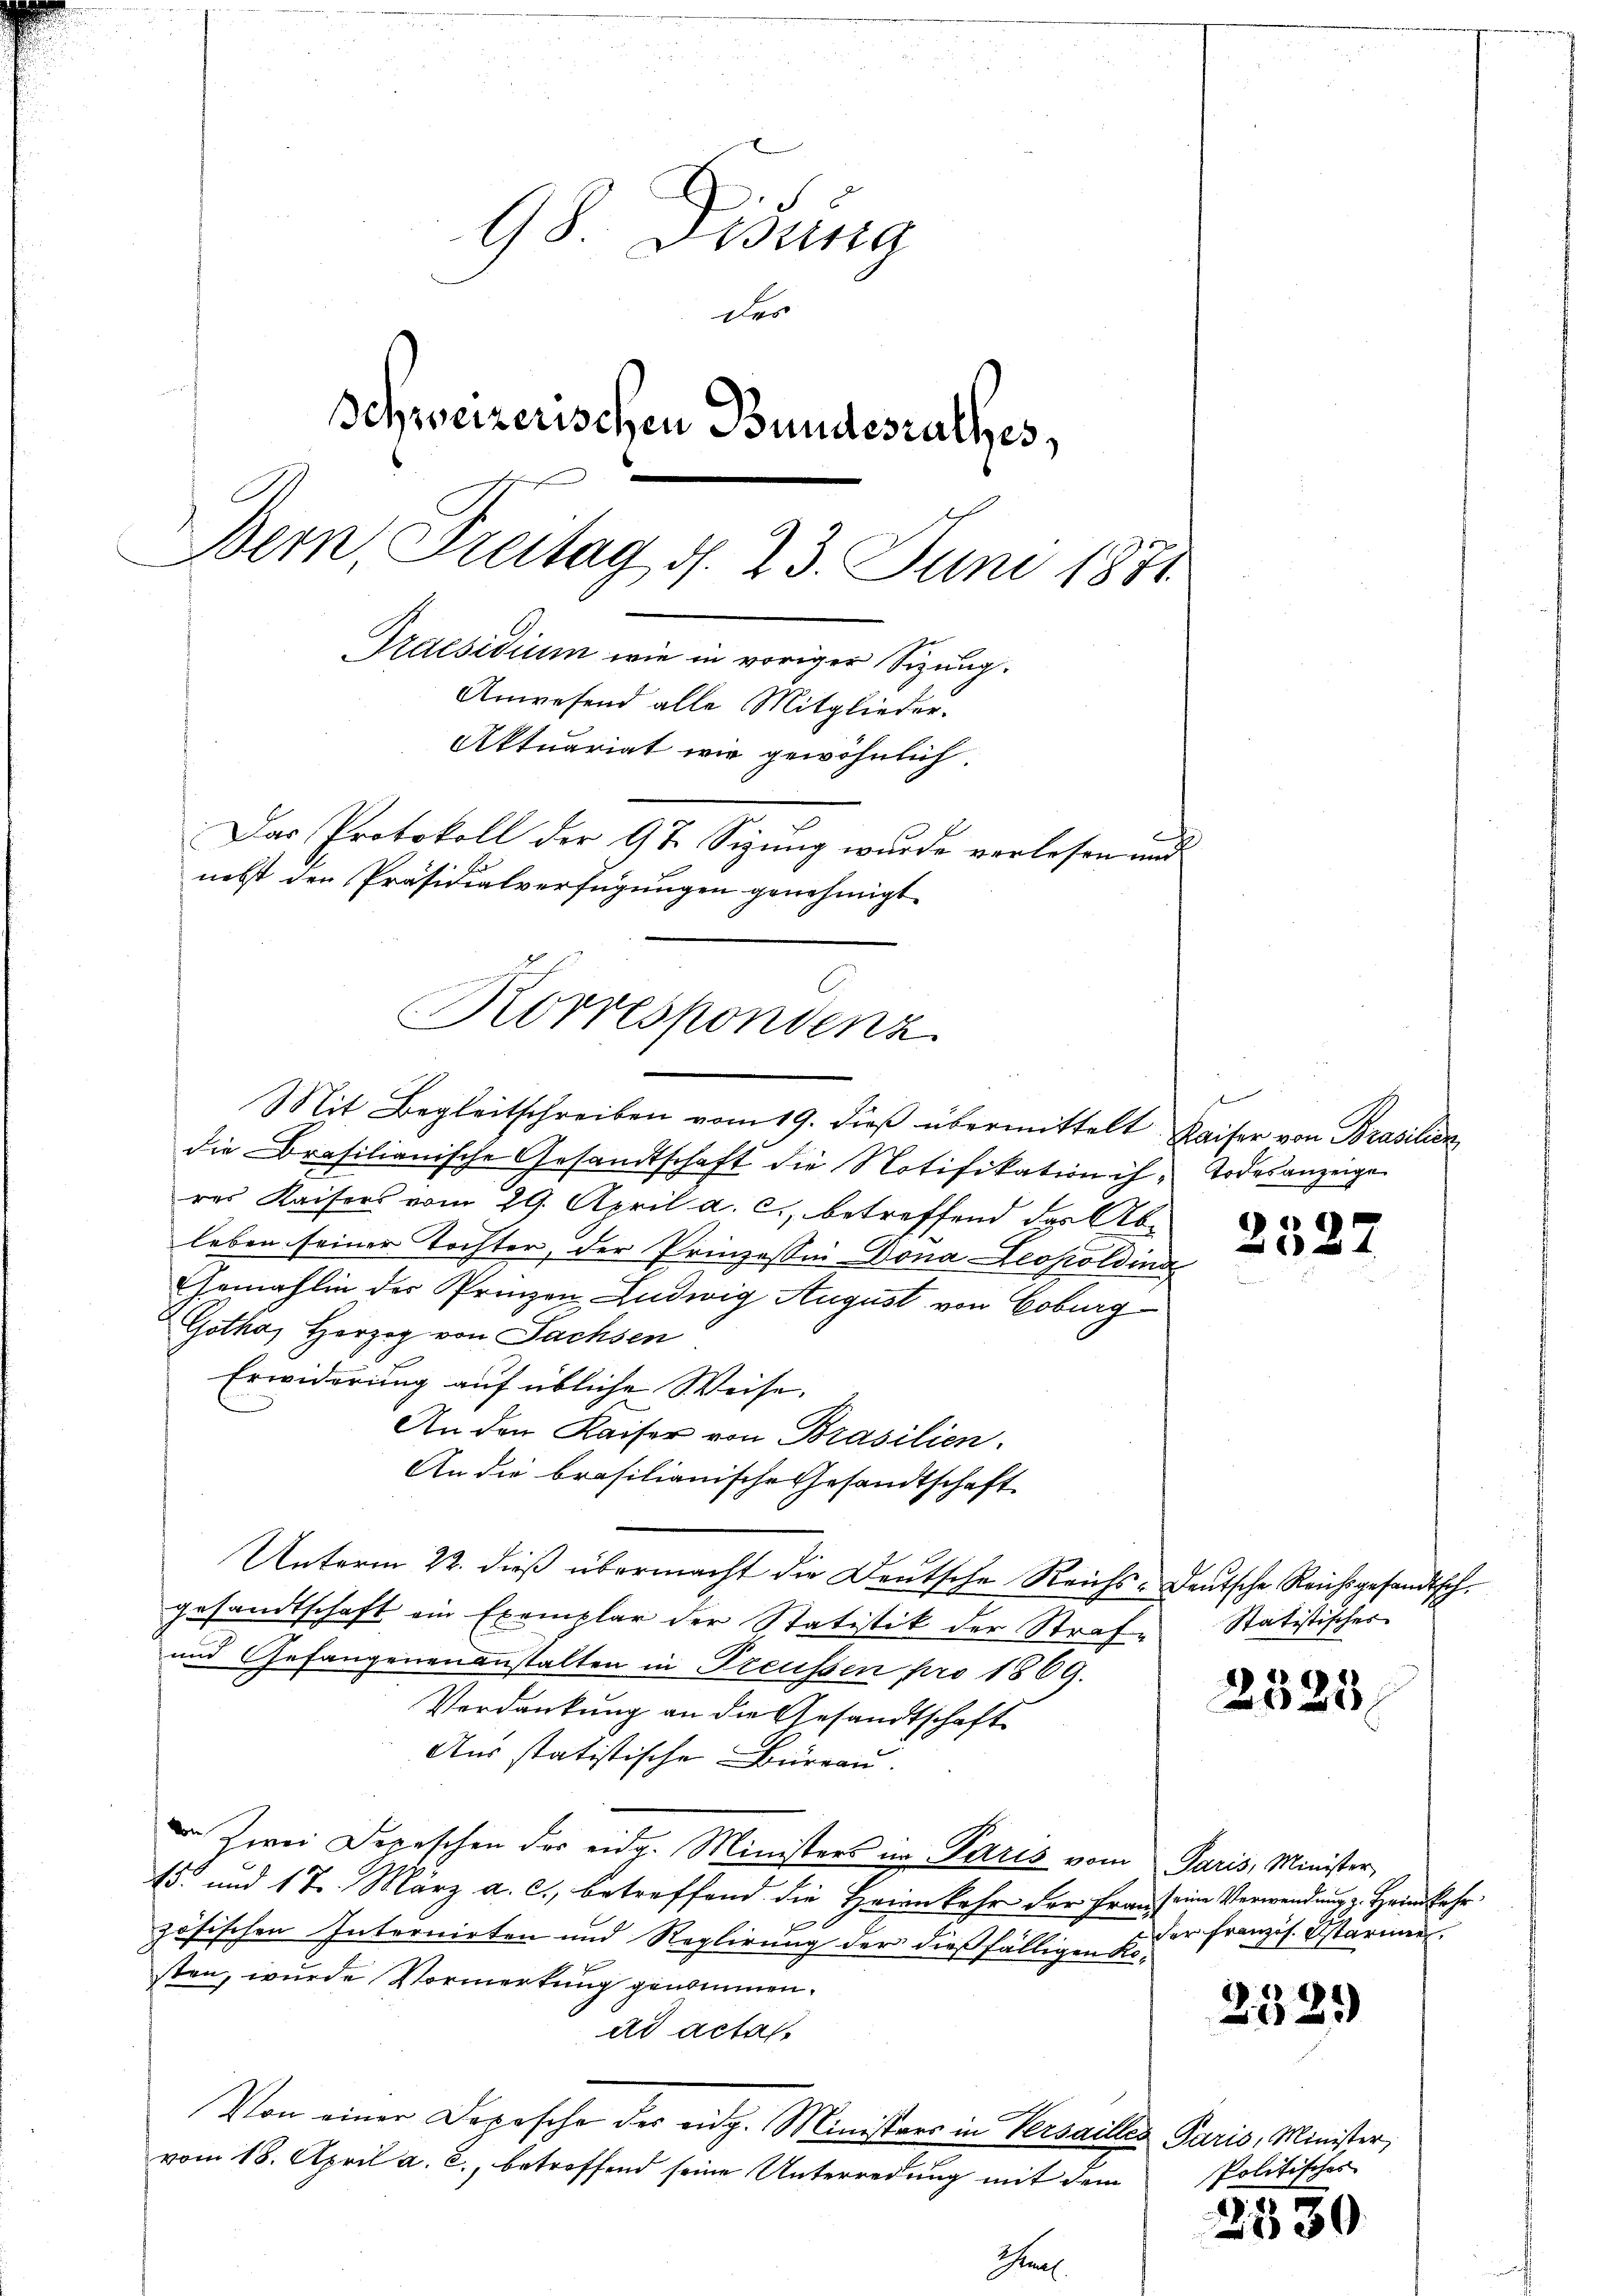
98. Lesuna
der
Schweizerischen Bundesrathes,
Bern, Freitag d. 23. Juni 1871
Praesidium wie in voriger Sizung.
Anwesend alle Mitglieder-
Aktuariat wir gewöhnlich.
Das Protokoll der 97. Sizung wurde verlesen und
nebst den Präsidialverfügungen genehmigt.

Korrespondenz
Mit Begleitschreiben vom 19. dieß übermittelt

die Brasilianische Gesandtschaft die Notifikation ihres Kaisers vom 29. April a. c., betreffend das Ableben seiner Tochter, der Prinzessin Dona Leopoldins
Gemahlin der Prinzen Ludwig August von Coburg
Gotha, Herzog von Sachsen
Erwiderung auf übliche Weise.
An den Kaiser von Brasilien.
An die brasilianische Gesandtschaft
Unterm 22. dieß übermacht die Deutsche Reichs-Deutsche Reichsgesandtsch
gesandtschaft ein Exemplar der Statistik der Straf-
und Gefangenenanstalten in Treussen pro 1869.
Verdankung an die Gesandtschaft
Aus statistische Büreau.
 Zwei Depeschen der eidg. Ministers in Paris vom Paris, Minister,
15. und 17. März a. c., betreffend die Heimkehr der Fraus eine Verwendnung z. Heimkehrzösischen Internirten und Reglirung der dießfälligen Kosten, wurde Vormerkung genommen.
ad actas
Von einer Darosche der eidg. Ministers in Versailles Paris, Minister,
vom 18. April a. c., betreffend seine Unterredung mit dem

Snel

e
Kaiser von Prasilien
 Todesanzeige

2322

Statistisches

2325

der Französ. Starmen

232.)

Politisches

2530